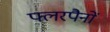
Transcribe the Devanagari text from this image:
फ्लरपैनों